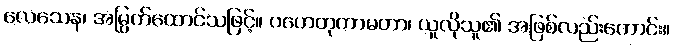
လေသေန၊ အမြွက်ထောင်သဖြင့်။ ဂဟေတုကာမတာ၊ ယူလိုသူ၏ အဖြစ်လည်းကောင်း။